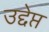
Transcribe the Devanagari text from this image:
उद्देप्त